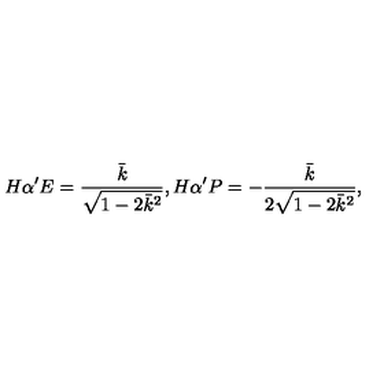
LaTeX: H \alpha ^ { \prime } E = \frac { \bar { k } } { \sqrt { 1 - 2 \bar { k } ^ { 2 } } } , H \alpha ^ { \prime } P = - \frac { \bar { k } } { 2 \sqrt { 1 - 2 \bar { k } ^ { 2 } } } ,